Vaccination in Burma 1912-1922 - 1912-1922
Year: 1912
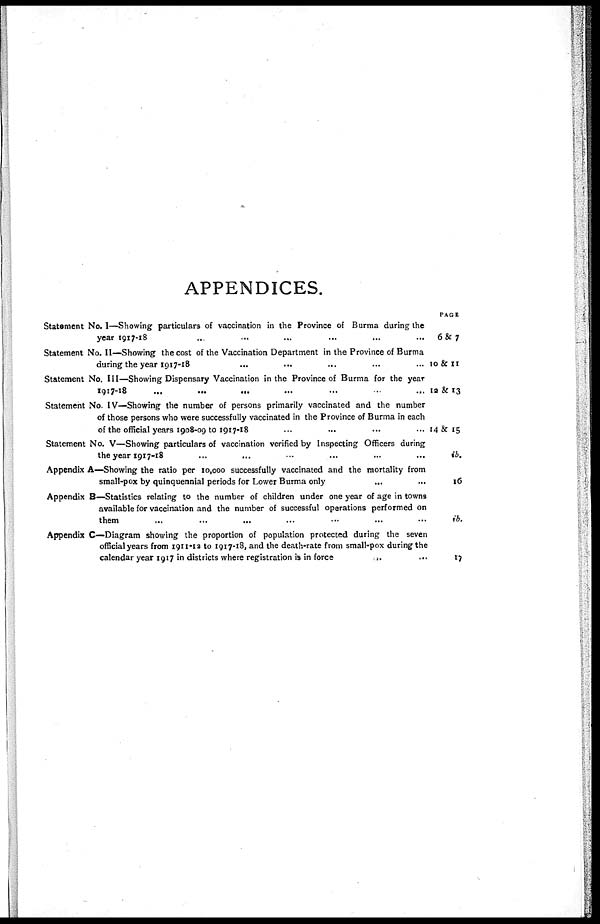
APPENDICES.
Statement No. I—Showing particulars of vaccination in the Province of Burma during the
year 1917-18 ... ... ... ... ... ... ... ...
Statement No. II—Showing the cost of the Vaccination Department in the Province of Burma
during the year 1917-18 ... ... ... ... ... ... ...
Statement No. III—Showing Dispensary Vaccination in the Province of Burma for the year
1917-18
...
...
...
...
...
...
...
...
Statement No. IV—Showing the number of persons primarily vaccinated and the number
of those persons who were successfully vaccinated in the Province of Burma in each
of the official years 1908-09 to 1917-18 ... ... ... ...
Statement No. V—Showing particulars of vaccination verified by Inspecting Officers during
the year 1917-18 ... ... ... ... ... ... ... ...
Appendix A—Showing the ratio per 10,000 successfully vaccinated and the mortality from
small-pox by quinquennial periods for Lower Burma only ... ... ... ... ... ...
Appendix B—Statistics relating to the number of children under one year of age in towns
available for vaccination and the number of successful operations performed on
them ... ... ... ... ... ... ... ... ...
Appendix C—Diagram showing the proportion of population protected during the seven
official years from 1911-12 to 1917-18, and the death-rate from small-pox during the
calendar year 1917 in districts where registration is in force ... ... ... ... ...
PAGE
6&7
10 & 11
12 & 13
14& 15
ib.
16
ib.
17